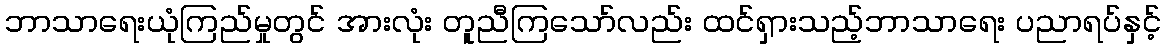
ဘာသာရေးယုံကြည်မှုတွင် အားလုံး တူညီကြသော်လည်း ထင်ရှားသည့်ဘာသာရေး ပညာရပ်နှင့်